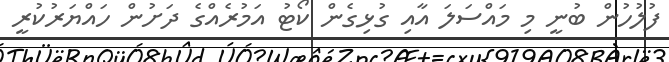
ފުލުހުން ބުނީ މި މައްސަލަ އާއި ގުޅިގެން ކޯޓު އަމުރެއްގެ ދަށުން ހައްޔަރުކުރީ